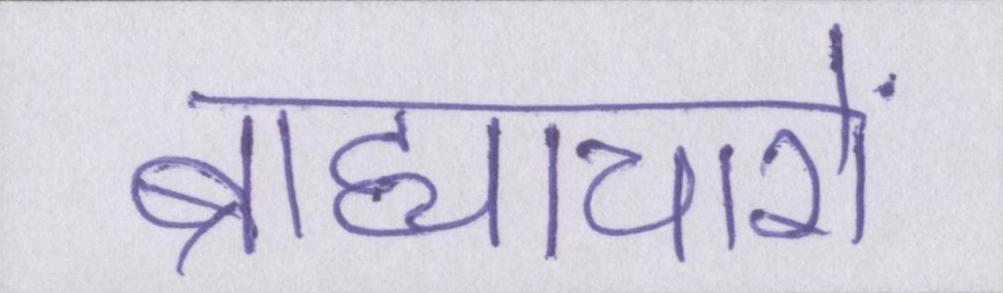
ब्राह्याचारों